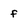
Character: f